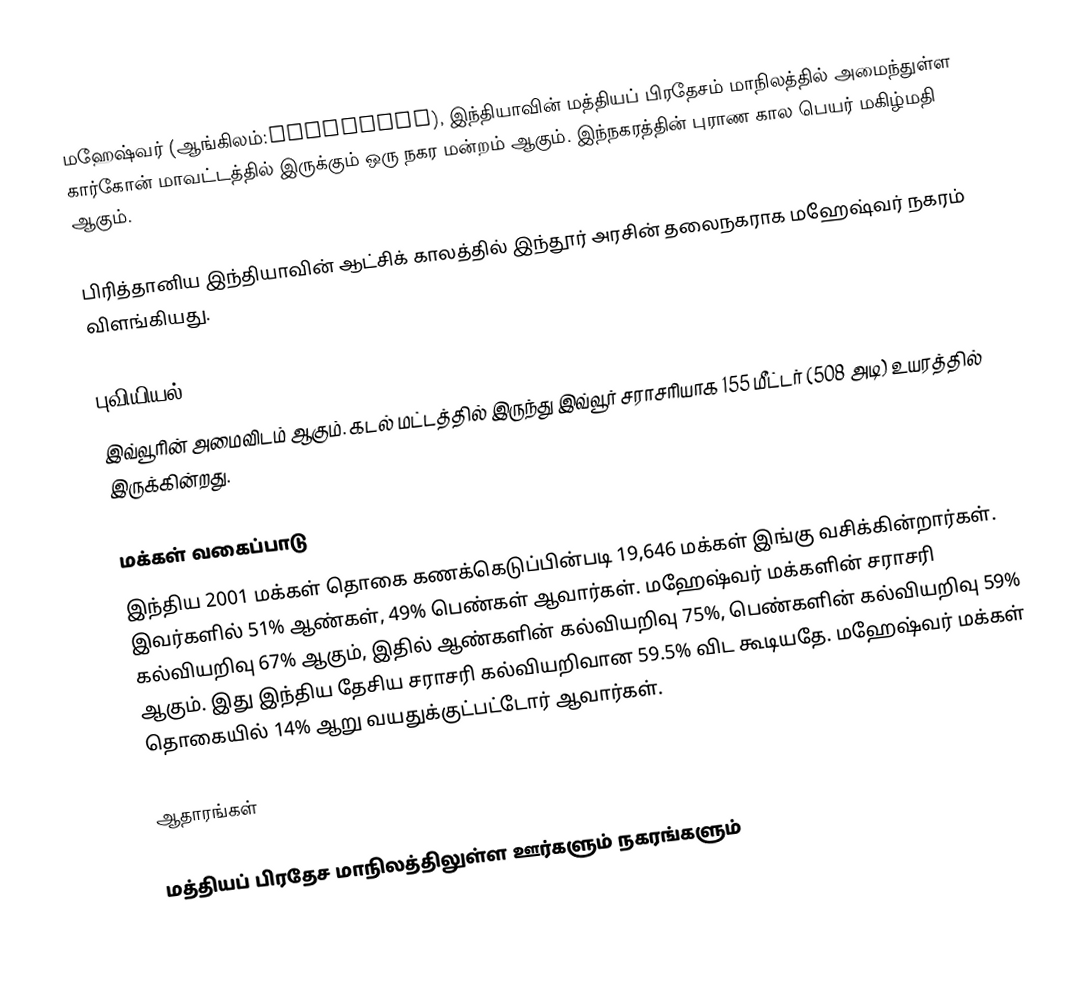
மஹேஷ்வர் (ஆங்கிலம்:Maheshwar), இந்தியாவின் மத்தியப் பிரதேசம் மாநிலத்தில் அமைந்துள்ள கார்கோன் மாவட்டத்தில் இருக்கும் ஒரு நகர மன்றம் ஆகும்.  இந்நகரத்தின் புராண கால பெயர் மகிழ்மதி ஆகும்.

பிரித்தானிய இந்தியாவின் ஆட்சிக் காலத்தில்  இந்தூர் அரசின் தலைநகராக மஹேஷ்வர் நகரம் விளங்கியது.

புவியியல்
இவ்வூரின் அமைவிடம்  ஆகும். கடல் மட்டத்தில் இருந்து இவ்வூர் சராசரியாக 155 மீட்டர் (508 அடி) உயரத்தில் இருக்கின்றது.

மக்கள் வகைப்பாடு
இந்திய 2001 மக்கள் தொகை கணக்கெடுப்பின்படி 19,646 மக்கள் இங்கு வசிக்கின்றார்கள். இவர்களில் 51% ஆண்கள், 49% பெண்கள் ஆவார்கள். மஹேஷ்வர் மக்களின் சராசரி கல்வியறிவு 67% ஆகும்,  இதில் ஆண்களின் கல்வியறிவு 75%,  பெண்களின் கல்வியறிவு 59% ஆகும். இது இந்திய தேசிய சராசரி கல்வியறிவான 59.5% விட கூடியதே. மஹேஷ்வர் மக்கள் தொகையில் 14%  ஆறு வயதுக்குட்பட்டோர் ஆவார்கள்.

ஆதாரங்கள்

மத்தியப் பிரதேச மாநிலத்திலுள்ள ஊர்களும் நகரங்களும்